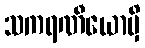
သကရဏီယောမှိ